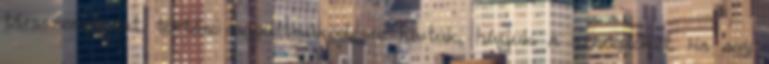
társszerzôként. történô együttmûködésre hívtuk, hívjuk a szereplôket. Ha egy